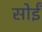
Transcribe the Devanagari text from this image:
सोईं